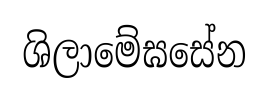
ශිලාමේඝසේන